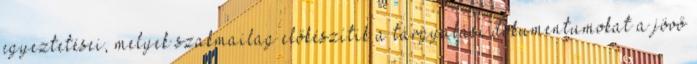
egyeztetései, melyek szakmailag előkészítik a tárgyalási dokumentumokat a jövő